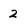
Character: 2